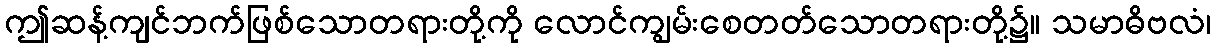
ဤဆန့်ကျင်ဘက်ဖြစ်သောတရားတို့ကို လောင်ကျွမ်းစေတတ်သောတရားတို့၌။ သမာဓိဗလံ၊